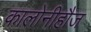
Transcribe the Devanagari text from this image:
कालोनीहौज